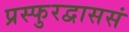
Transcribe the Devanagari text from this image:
प्रस्फुरद्वाससं